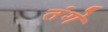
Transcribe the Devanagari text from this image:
तंगे